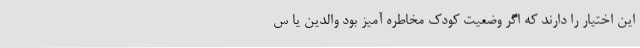
این اختیار را دارند که اگر وضعیت کودک مخاطره آمیز بود والدین یا س